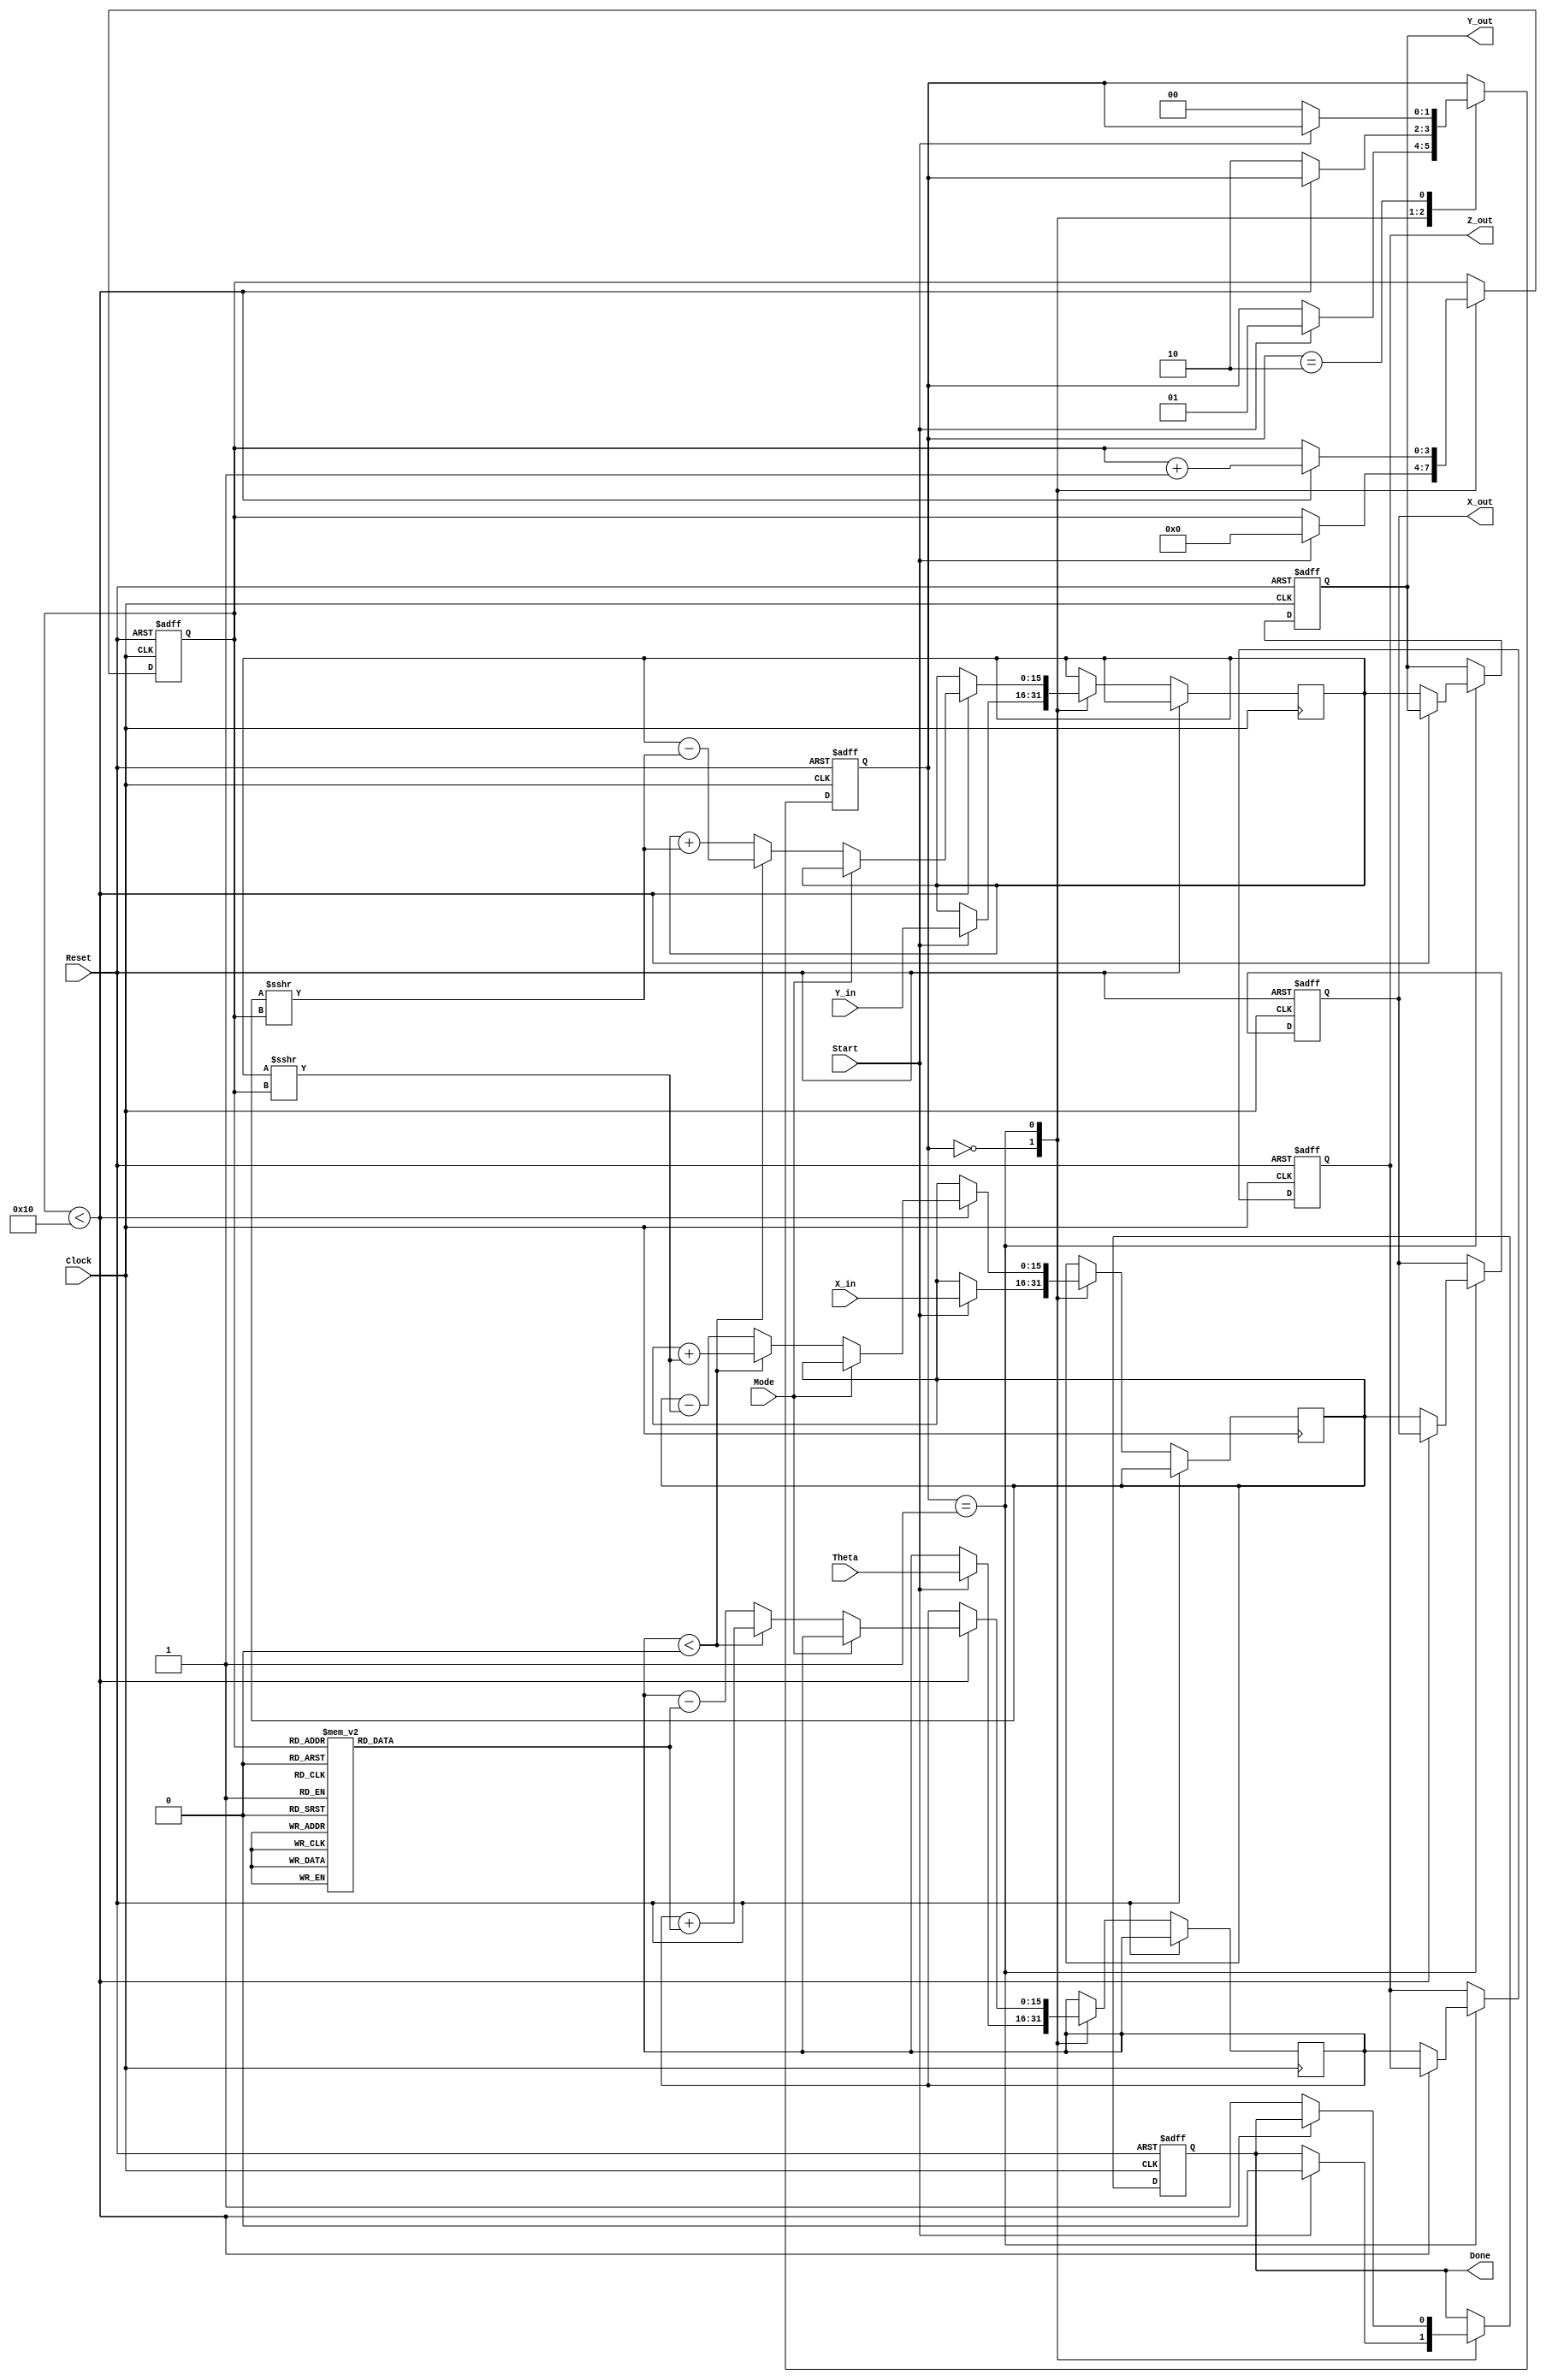
module cordic_arithmetic_block (
    input wire signed [15:0] X_in,      // Input x-coordinate
    input wire signed [15:0] Y_in,      // Input y-coordinate
    input wire signed [15:0] Theta,      // Input angle in radians
    input wire Mode,                     // Control signal for rotation/vectoring
    input wire Start,                    // Start signal
    input wire Clock,                    // Clock signal
    input wire Reset,                    // Asynchronous reset
    output reg signed [15:0] X_out,      // Output x-coordinate
    output reg signed [15:0] Y_out,      // Output y-coordinate
    output reg signed [15:0] Z_out,      // Output angle
    output reg Done                      // Completion signal
);

    // Parameters
    parameter NUM_ITERATIONS = 16; // Number of CORDIC iterations
    parameter FIXED_POINT_SCALE = 16; // Scale for fixed-point representation

    // Internal signals
    reg signed [15:0] x_reg, y_reg, z_reg;
    reg [3:0] iteration_count;
    reg [1:0] state; // FSM state
    reg [15:0] atan_table [0:NUM_ITERATIONS-1]; // Lookup table for arctangent values

    // State encoding
    localparam IDLE = 2'b00;
    localparam COMPUTE = 2'b01;
    localparam DONE_STATE = 2'b10;

    // Initialize arctangent values (fixed-point representation)
    initial begin
        atan_table[0] = 16'h2000; // atan(2^-0) = 0.7854 (approx)
        atan_table[1] = 16'h1000; // atan(2^-1) = 0.4636 (approx)
        atan_table[2] = 16'h0800; // atan(2^-2) = 0.2449 (approx)
        // ... Initialize other values up to NUM_ITERATIONS-1
        // Fill in the rest of the atan_table values
    end

    // FSM for control logic
    always @(posedge Clock or posedge Reset) begin
        if (Reset) begin
            state <= IDLE;
            Done <= 0;
            iteration_count <= 0;
            X_out <= 0;
            Y_out <= 0;
            Z_out <= 0;
        end else begin
            case (state)
                IDLE: begin
                    if (Start) begin
                        x_reg <= X_in;
                        y_reg <= Y_in;
                        z_reg <= Theta;
                        iteration_count <= 0;
                        Done <= 0;
                        state <= COMPUTE;
                    end
                end
                
                COMPUTE: begin
                    if (iteration_count < NUM_ITERATIONS) begin
                        // CORDIC rotation logic
                        if (Mode == 1'b0) begin // Rotation mode
                            if (z_reg < 0) begin
                                x_reg <= x_reg + (y_reg >>> iteration_count);
                                y_reg <= y_reg - (x_reg >>> iteration_count);
                                z_reg <= z_reg + atan_table[iteration_count];
                            end else begin
                                x_reg <= x_reg - (y_reg >>> iteration_count);
                                y_reg <= y_reg + (x_reg >>> iteration_count);
                                z_reg <= z_reg - atan_table[iteration_count];
                            end
                        end else begin // Vectoring mode
                            // Vectoring logic can be implemented here
                        end
                        iteration_count <= iteration_count + 1;
                    end else begin
                        X_out <= x_reg;
                        Y_out <= y_reg;
                        Z_out <= z_reg;
                        Done <= 1;
                        state <= DONE_STATE;
                    end
                end
                
                DONE_STATE: begin
                    if (!Start) begin
                        state <= IDLE; // Go back to IDLE state
                    end
                end
            endcase
        end
    end

endmodule